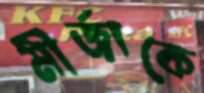
মীর্জাকে